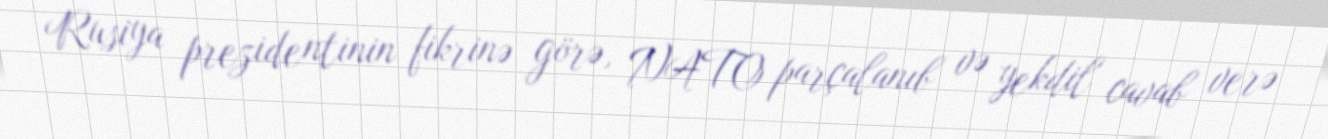
Rusiya prezidentinin fikrinə görə, NATO parçalanıb və yekdil cavab verə